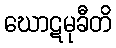
ဃောဋမုခီတိ